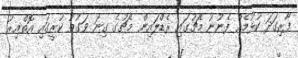
ފޯރިގަދަ ކުޅުމެއް ފެނުނު މެޗުގައި ރެޑްލައިން މެޗުގެ ގިނަ ވަގުތު ކުރީގައި އޮތްއިރު